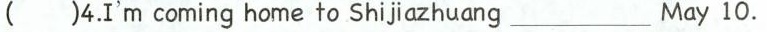
( )4.I'm coming home to Shijiazhuang ___ May 10.